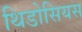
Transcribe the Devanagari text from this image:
थिडोसियस